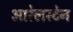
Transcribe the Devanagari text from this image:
आरेलस्टेन